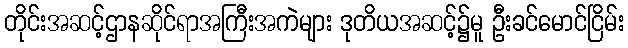
တိုင်းအဆင့်ဌာနဆိုင်ရာအကြီးအကဲများ ဒုတိယအဆင့်၌မူ ဦးခင်မောင်ငြိမ်း